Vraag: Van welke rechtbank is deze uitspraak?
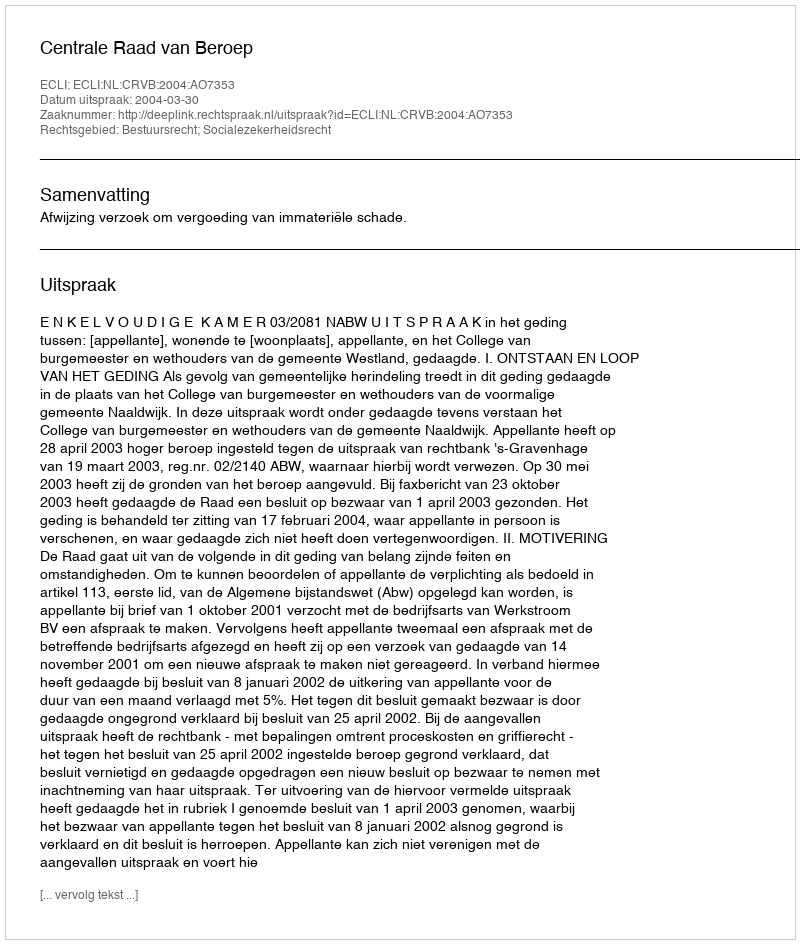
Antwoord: Centrale Raad van Beroep